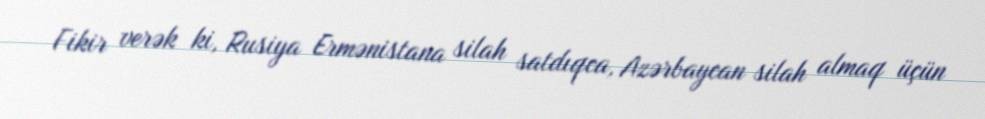
Fikir verək ki, Rusiya Ermənistana silah satdıqca, Azərbaycan silah almaq üçün